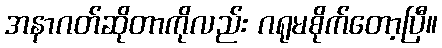
အနာဂတ်ဆိုတာကိုလည်း ဂရုမစိုက်တော့ပြီ။